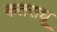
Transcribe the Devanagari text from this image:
कतराधू